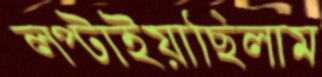
লপ্‌টাইয়াছিলাম